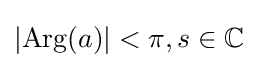
|\mathrm {Arg} (a)|<\pi ,s\in \mathbb {C}